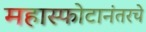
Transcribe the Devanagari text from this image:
महास्फोटानंतरचे